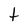
Character: t